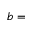
b =